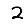
Digit: 2